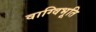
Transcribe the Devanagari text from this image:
वाग्विभूति